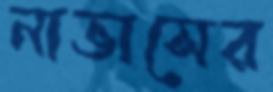
নাভাসের